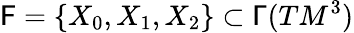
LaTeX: \mathsf{F}=\{ X_{0},X_{1},X_{2}\} \subset\mathsf{\Gamma}(TM^{3})